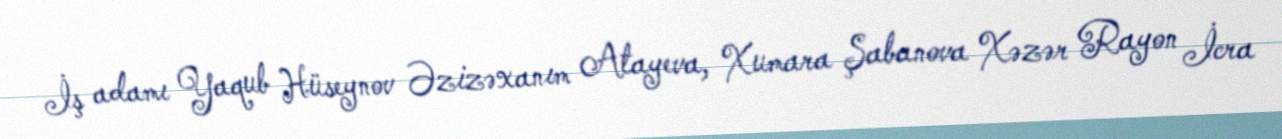
İş adamı Yaqub Hüseynov Əzizəxanım Atayeva, Xumara Şabanova Xəzər Rayon İcra